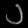
Digit: ၁